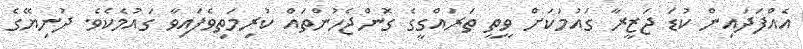
އެއްފަދައިން ކުޑަ ޖަޒީރާ ގައުމަކަށް ވީތީ ތަރައްގީގެ ގޮންޖެހުންތައް ކުރިމަތިވެފައިވާ ގައުމެކެވެ. ދުނިޔޭގެ